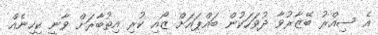
އެ ސިއްރު ބޭޒާރުވާ ދުވަހަކުން ބައްޕައަށް ޒޯއި ކުރި އިތުބާރަށް ވާނީ ކިހިނެއް